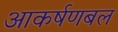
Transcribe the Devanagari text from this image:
आकर्षणबल